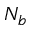
N _ { b }